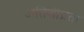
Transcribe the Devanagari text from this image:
अतिशीघ्रता